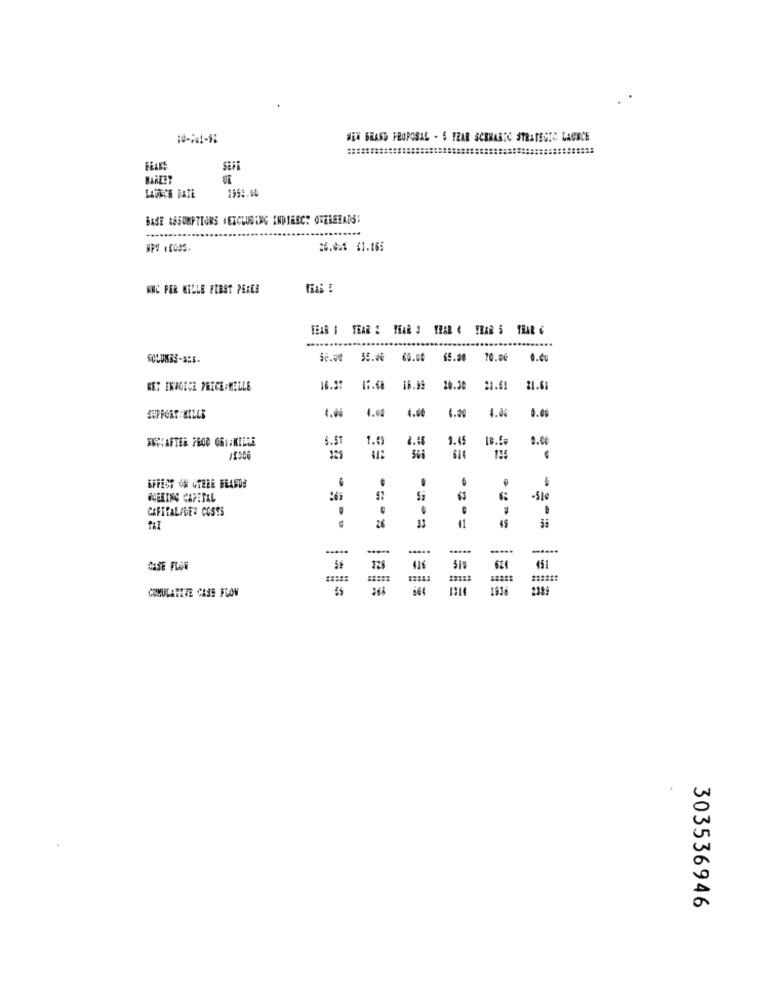
NEW GRAND PROPOSAL - S YEAR SCRHARTC STRATEGIC LAUBCE
FLAKS
SEER
BARLEY
1993.00
LATACH BATE
BASE ASSUMPTIONS (EXCLUDING INDIRECT OVEREEADS!
26.02% $1.065
ANC PER WILLE FIRST PERES
FEAR # TEAR 2 THAR 3 YEAR & YEAR 5 TRAR C
FCLUNES-SES-
65.00
70.06
0.cu
KEY INVOICE PRICEAMILLE
6.37
15.68
16.99
20.30
21.61
21.68
4.40
4.00
4.00
0.00
SUPPORT KILLS
FICIAFTER PROD GRI:KILLE
5.51
1.45
1.63
QUERING CAPITAL
-51c
CAFITALAVET COSTS
26
49
TAI
-=-=
.....
128
416
624
451
2211!
COMULARIVE CASS FLOW
1536
303536946